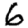
Digit: 6